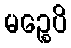
မဉ္စေပိ